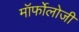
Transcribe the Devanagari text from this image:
मॉर्फोलोजी